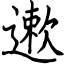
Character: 遬